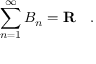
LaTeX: \sum _ { n = 1 } ^ { \infty } B _ { n } = \mathbf { R } \quad .